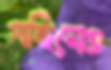
গহিনেও